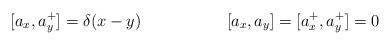
LaTeX: \begin{align*}[a_x,a^+_y]&=\delta (x-y)& [a_x,a_y]&=[a^+_x,a^+_y]=0\end{align*}